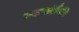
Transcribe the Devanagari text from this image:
एककांपैकी